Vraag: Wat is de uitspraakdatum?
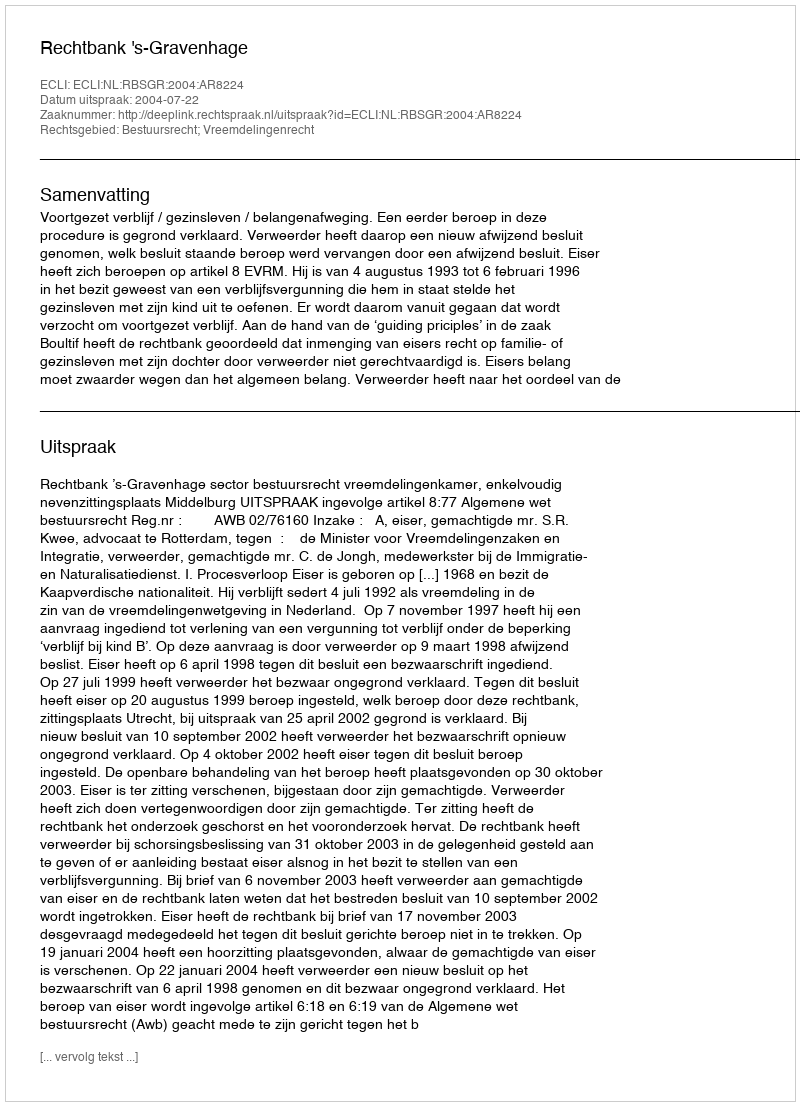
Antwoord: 2004-07-22